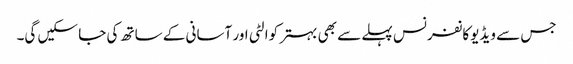
جس سے ویڈیوکانفرنس پہلے سے بھی بہتر کوالٹی اور آسانی کے ساتھ کی جا سکیں گی۔